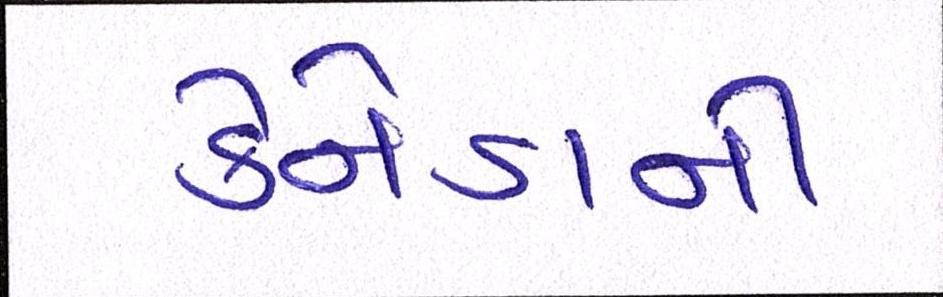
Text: કેનેડાની